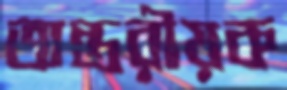
অন্তরীয়ক